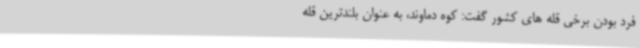
فرد بودن برخی قله های کشور گفت: کوه دماوند، به عنوان بلندترین قله